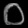
Digit: ၀